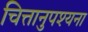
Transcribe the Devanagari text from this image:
चित्तानुपश्यना